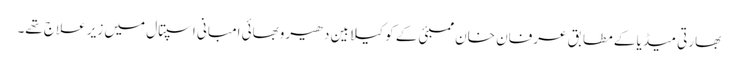
بھارتی میڈیا کے مطابق عرفان خان ممبئی کے کوکیلابین دھیروبھائی امبانی اسپتال میں زیر علاج تھے۔